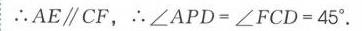
\(\therefore AE\parallel CF\)，\(\therefore\angle APD = \angle FCD = 45^{\circ}\).